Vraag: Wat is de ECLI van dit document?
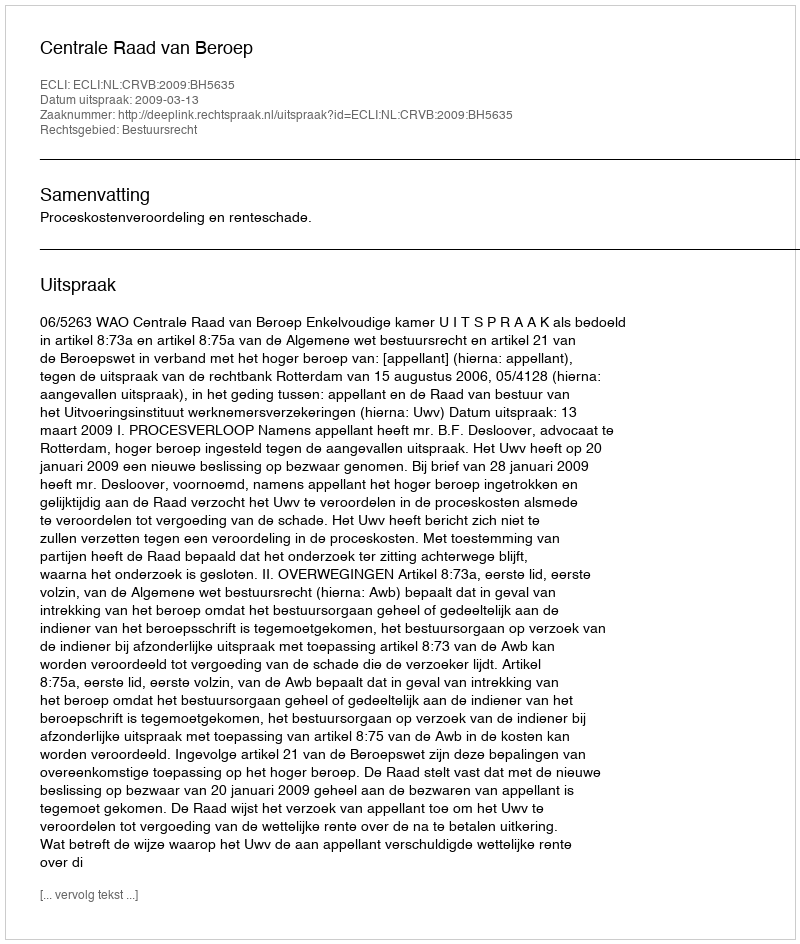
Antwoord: ECLI:NL:CRVB:2009:BH5635